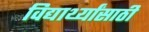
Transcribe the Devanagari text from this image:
विद्यार्थ्‍यांसाठी